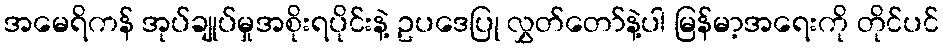
အမေရိကန် အုပ်ချုပ်မှုအစိုးရပိုင်းနဲ့ ဥပဒေပြု လွှတ်တော်နဲ့ပါ မြန်မာ့အရေးကို တိုင်ပင်